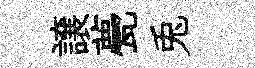
譲甍兎